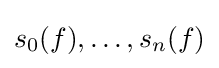
s_{0}(f),\ldots ,s_{n}(f)